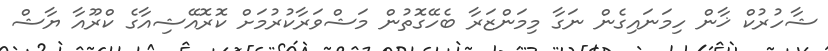
ޝާހުރުކް ޚާން ހިމަނައިގެން ނަގާ މިމަންޒަރާ ބެހޭގޮތުން މަޝްވަރާކުރުމަށް ކޮރޮއޭޝިއާގެ ކްރޫއާ ޔާޝް